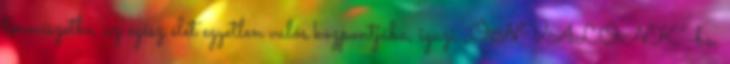
természetbe, az egész élet egyetlen valós központjába, igazi „ÖNVALÓNK”-ba,